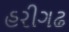
હરીગઢ